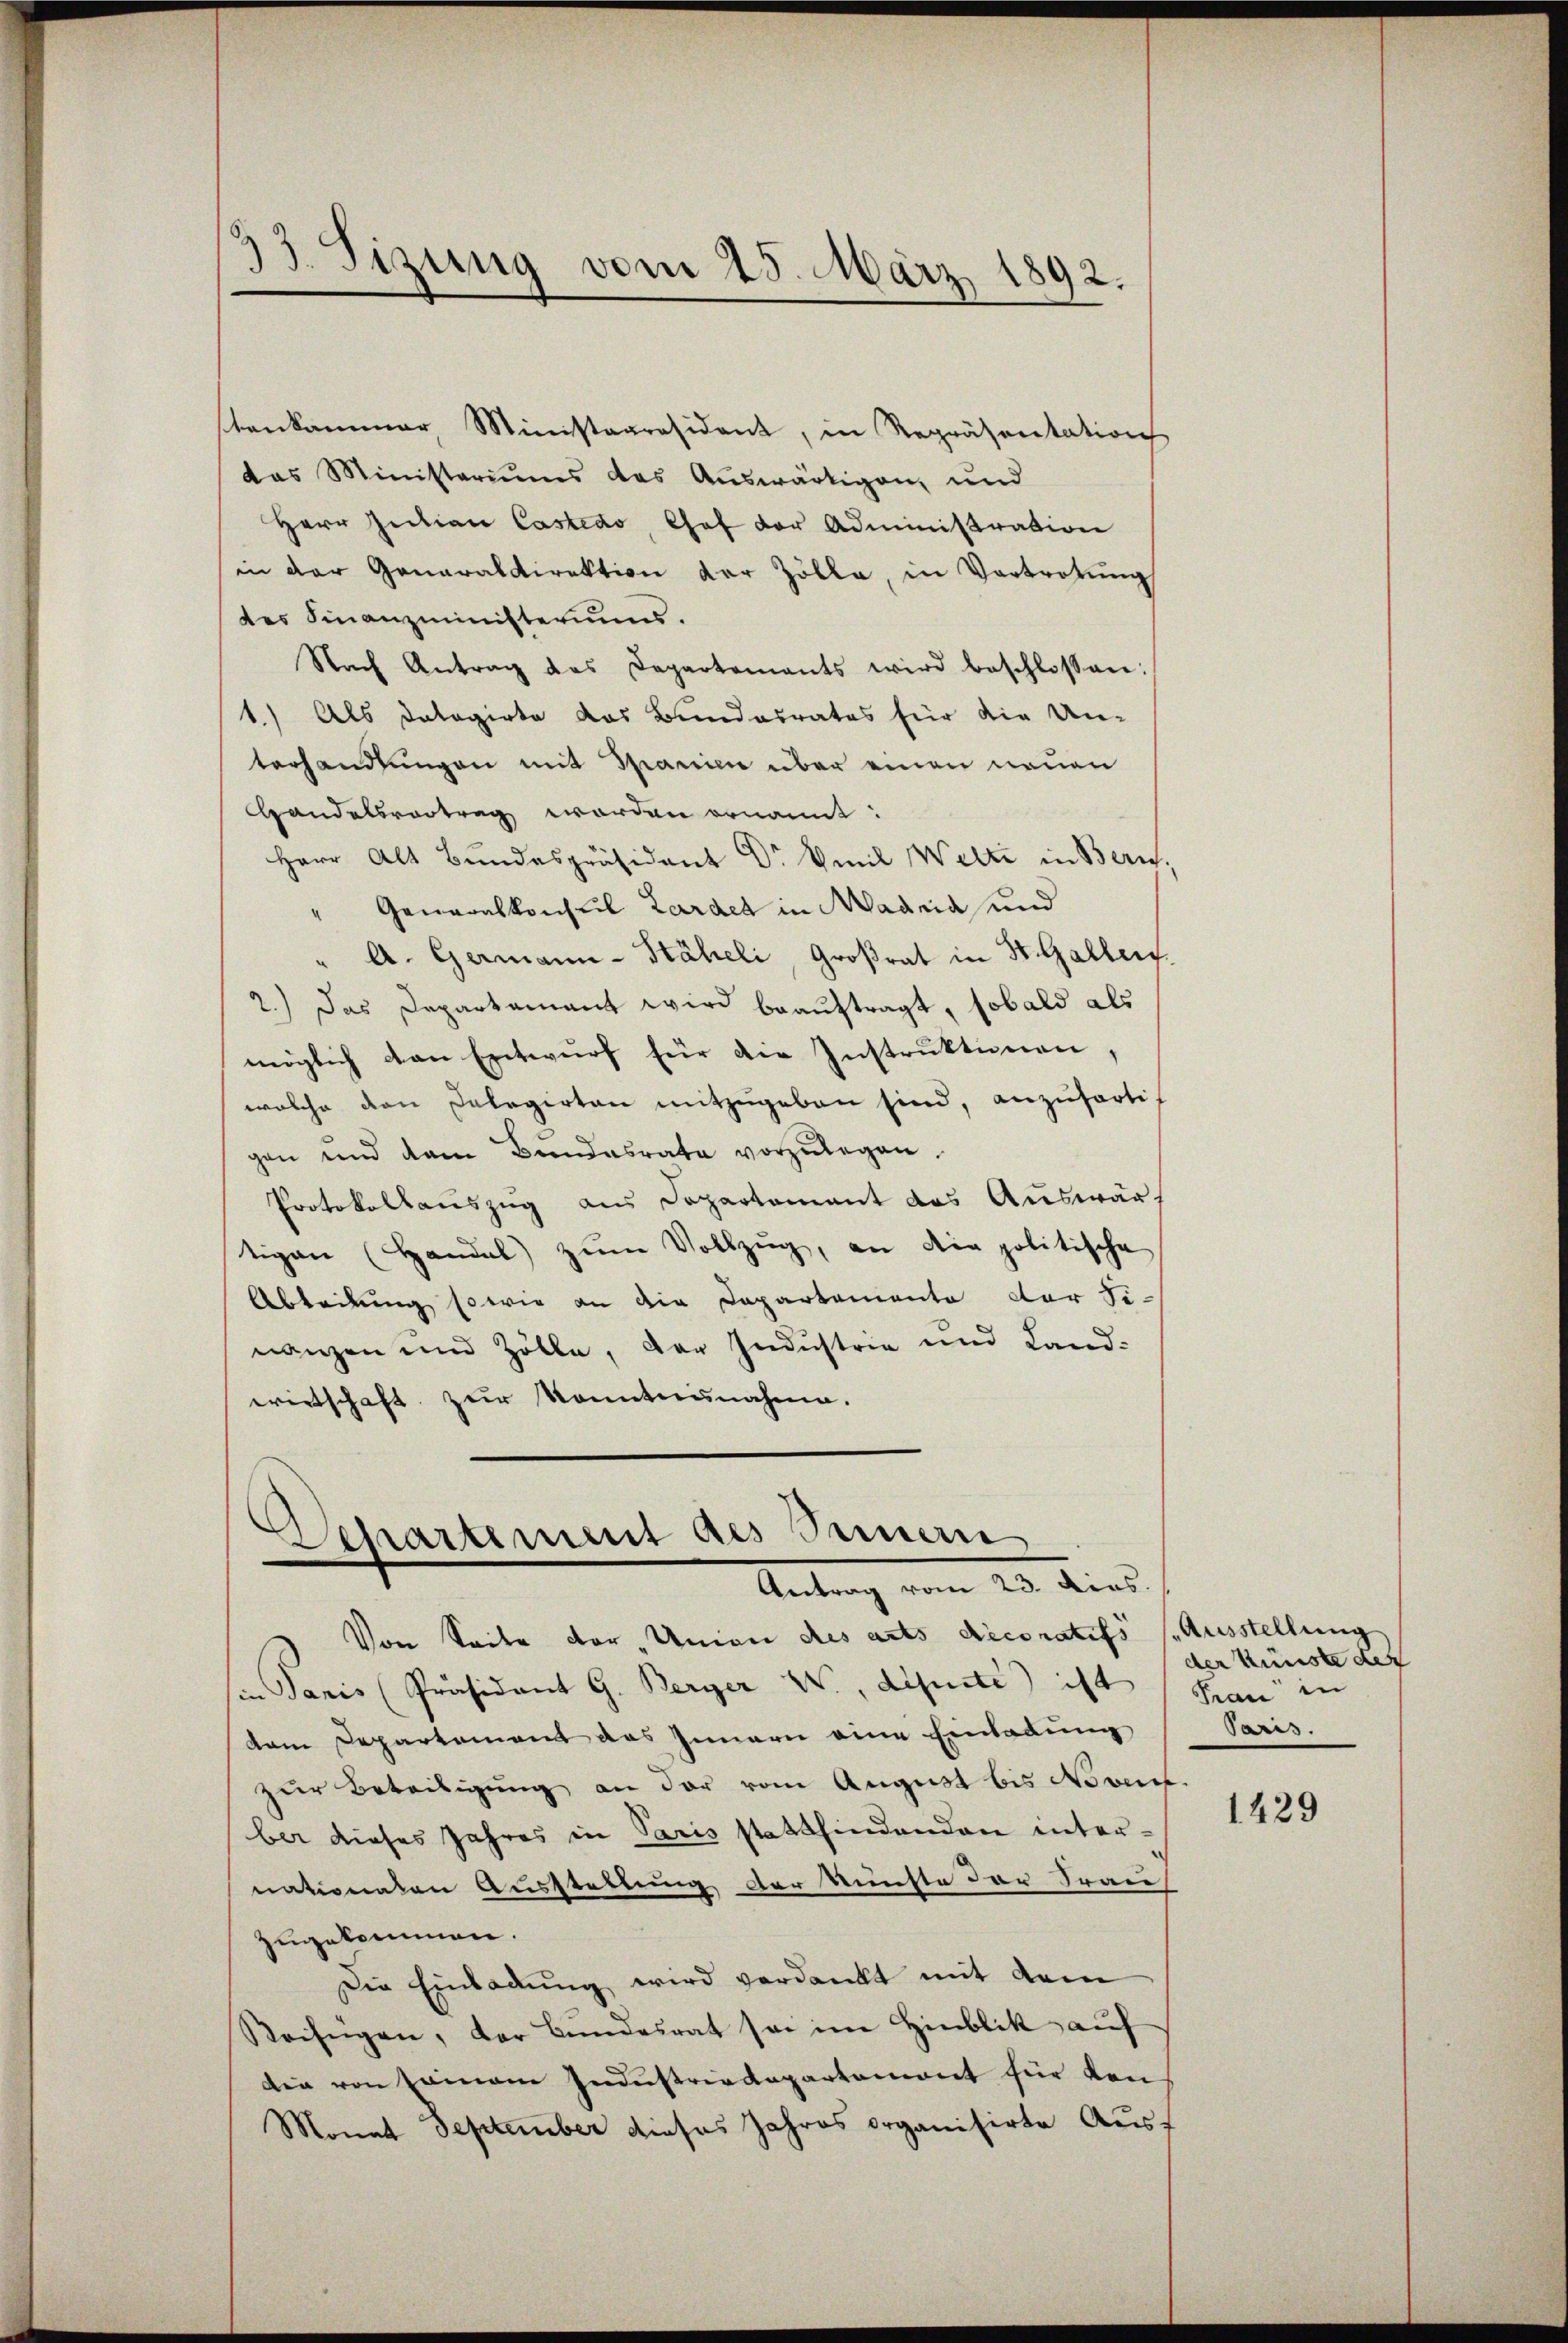
33. Sizung vom 25. März 1892.

tenkammer, Ministeresident, in Repräsentation
das Ministeriums das Auswärtigen, und
Herr Zutian Castedo, Chef der Administration
in der Generaldirektion der Zölle, in Vortretŭng
tes Finanzministeriums.
Nach Antrag des Departements wird beschlossen:
1.) Als Datogirte das Bundesrates für die Un-
terhandlungen mit Spanien über einen neuen
Handelsvortrag werden ernannt:
Herr Alt Bundespräsident Dr Emil Welti in Bern,
" Generalkonseil Lardet in Madria und
" A. Germann-Stäheli Großrat in St. Galler.
2.) Das Departamant wird beauftragt, sobald als
möglich von Entwurf für die Instruktionen,
welche den Delegirten mitzugeben sind, anzufertig
gen und dem Bŭndesrate vorzŭlegen.
Protokollauszug aus Departement das Auswärt
tigen (Handel zŭm Vollzŭg, an die politische
Abteilung sowie an die Capartemente der Sinanzen und Zölle, der Industrie und Land-
wirtschaft zur Kenntnisnahme.

Departement des Seiner
Antrag vom 23. Mias.

Von Seite der Union des arts decoratifs (Ausstellung
sin Paris Präsident G. Berger W., disuite ist
dem Departement das Innern eine Einladung
zur Beteiligung an der vom August bis Novent.
ber dieses Jahres in Paris stattfindenden internationalen Ausstellung der Rüchte der Frau
zugekommen.
Die Einladung wird verdankt mit dem
Beifügen, der Bundesrat sei im Hinblik auf
die von seinem Industriedepartemont für von
Monat September dieses Jahres organisirte Ausf

der Künste der
Frau in
Paris.

1429